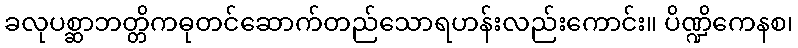
ခလုပစ္ဆာဘတ္တိကဓုတင်ဆောက်တည်သောရဟန်းလည်းကောင်း။ ပိဏ္ဍိကေနစ၊